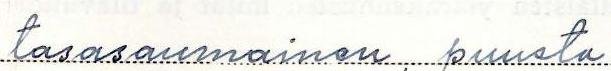
tasasaumainen, puusta